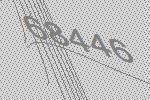
68446